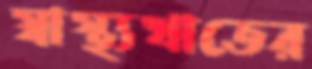
স্বাস্থ্যখাতের